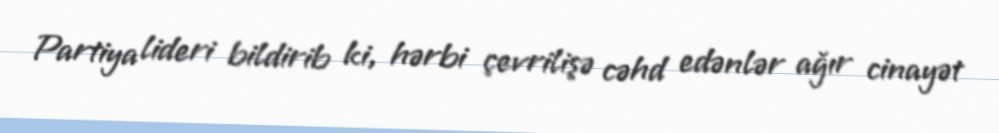
Partiya lideri bildirib ki, hərbi çevrilişə cəhd edənlər ağır cinayət